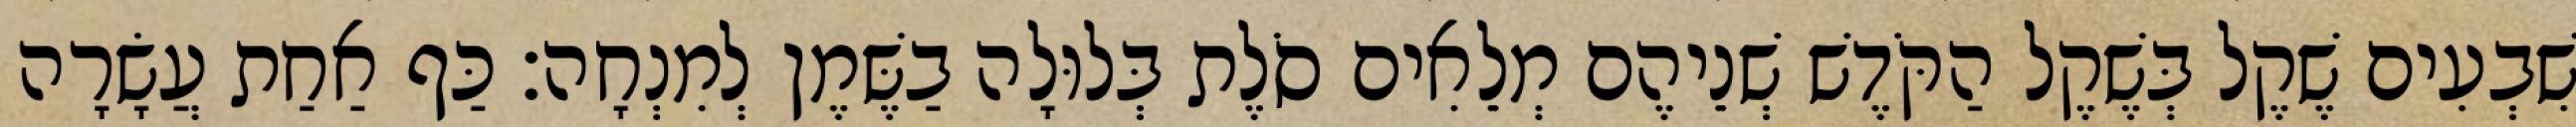
שִׁבְעִים שֶׁקֶל בְּשֶׁקֶל הַקֹּדֶשׁ שְׁנֵיהֶם מְלֵאִים סֹלֶת בְּלוּלָה בַשֶּׁמֶן לְמִנְחָה׃ כַּף אַחַת עֲשָׂרָה